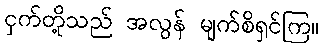
ငှက်တို့သည် အလွန် မျက်စိရှင်ကြ။